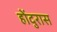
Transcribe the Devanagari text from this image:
होंदुरास